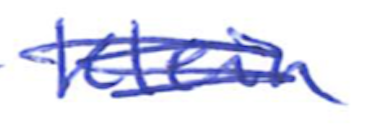
Text: Klein
Cross-out: scratch
Writing tool: ballpoint